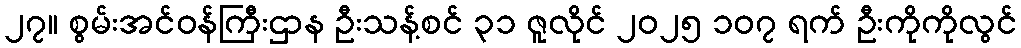
၂၇။ စွမ်းအင်ဝန်ကြီးဌာန ဦးသန့်စင် ၃၁ ဇူလိုင် ၂၀၂၅ ၁၀၇ ရက် ဦးကိုကိုလွင်